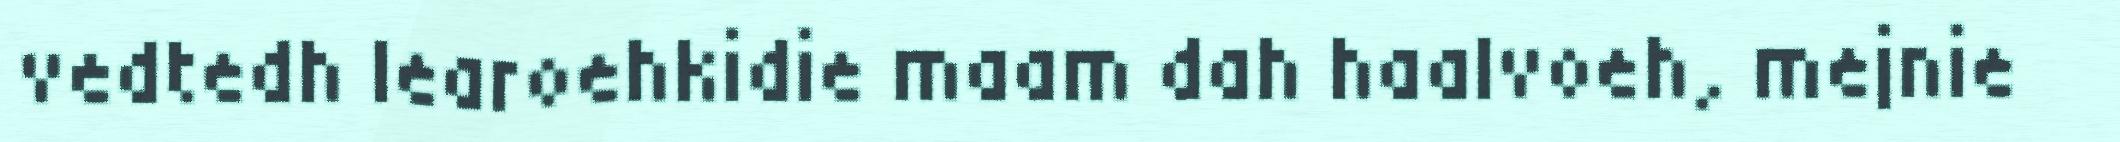
vedtedh learoehkidie maam dah haalvoeh, mejnie